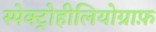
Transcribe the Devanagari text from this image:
स्पेक्ट्रोहीलियोग्राफ़